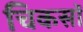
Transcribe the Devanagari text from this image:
चिकसॉ